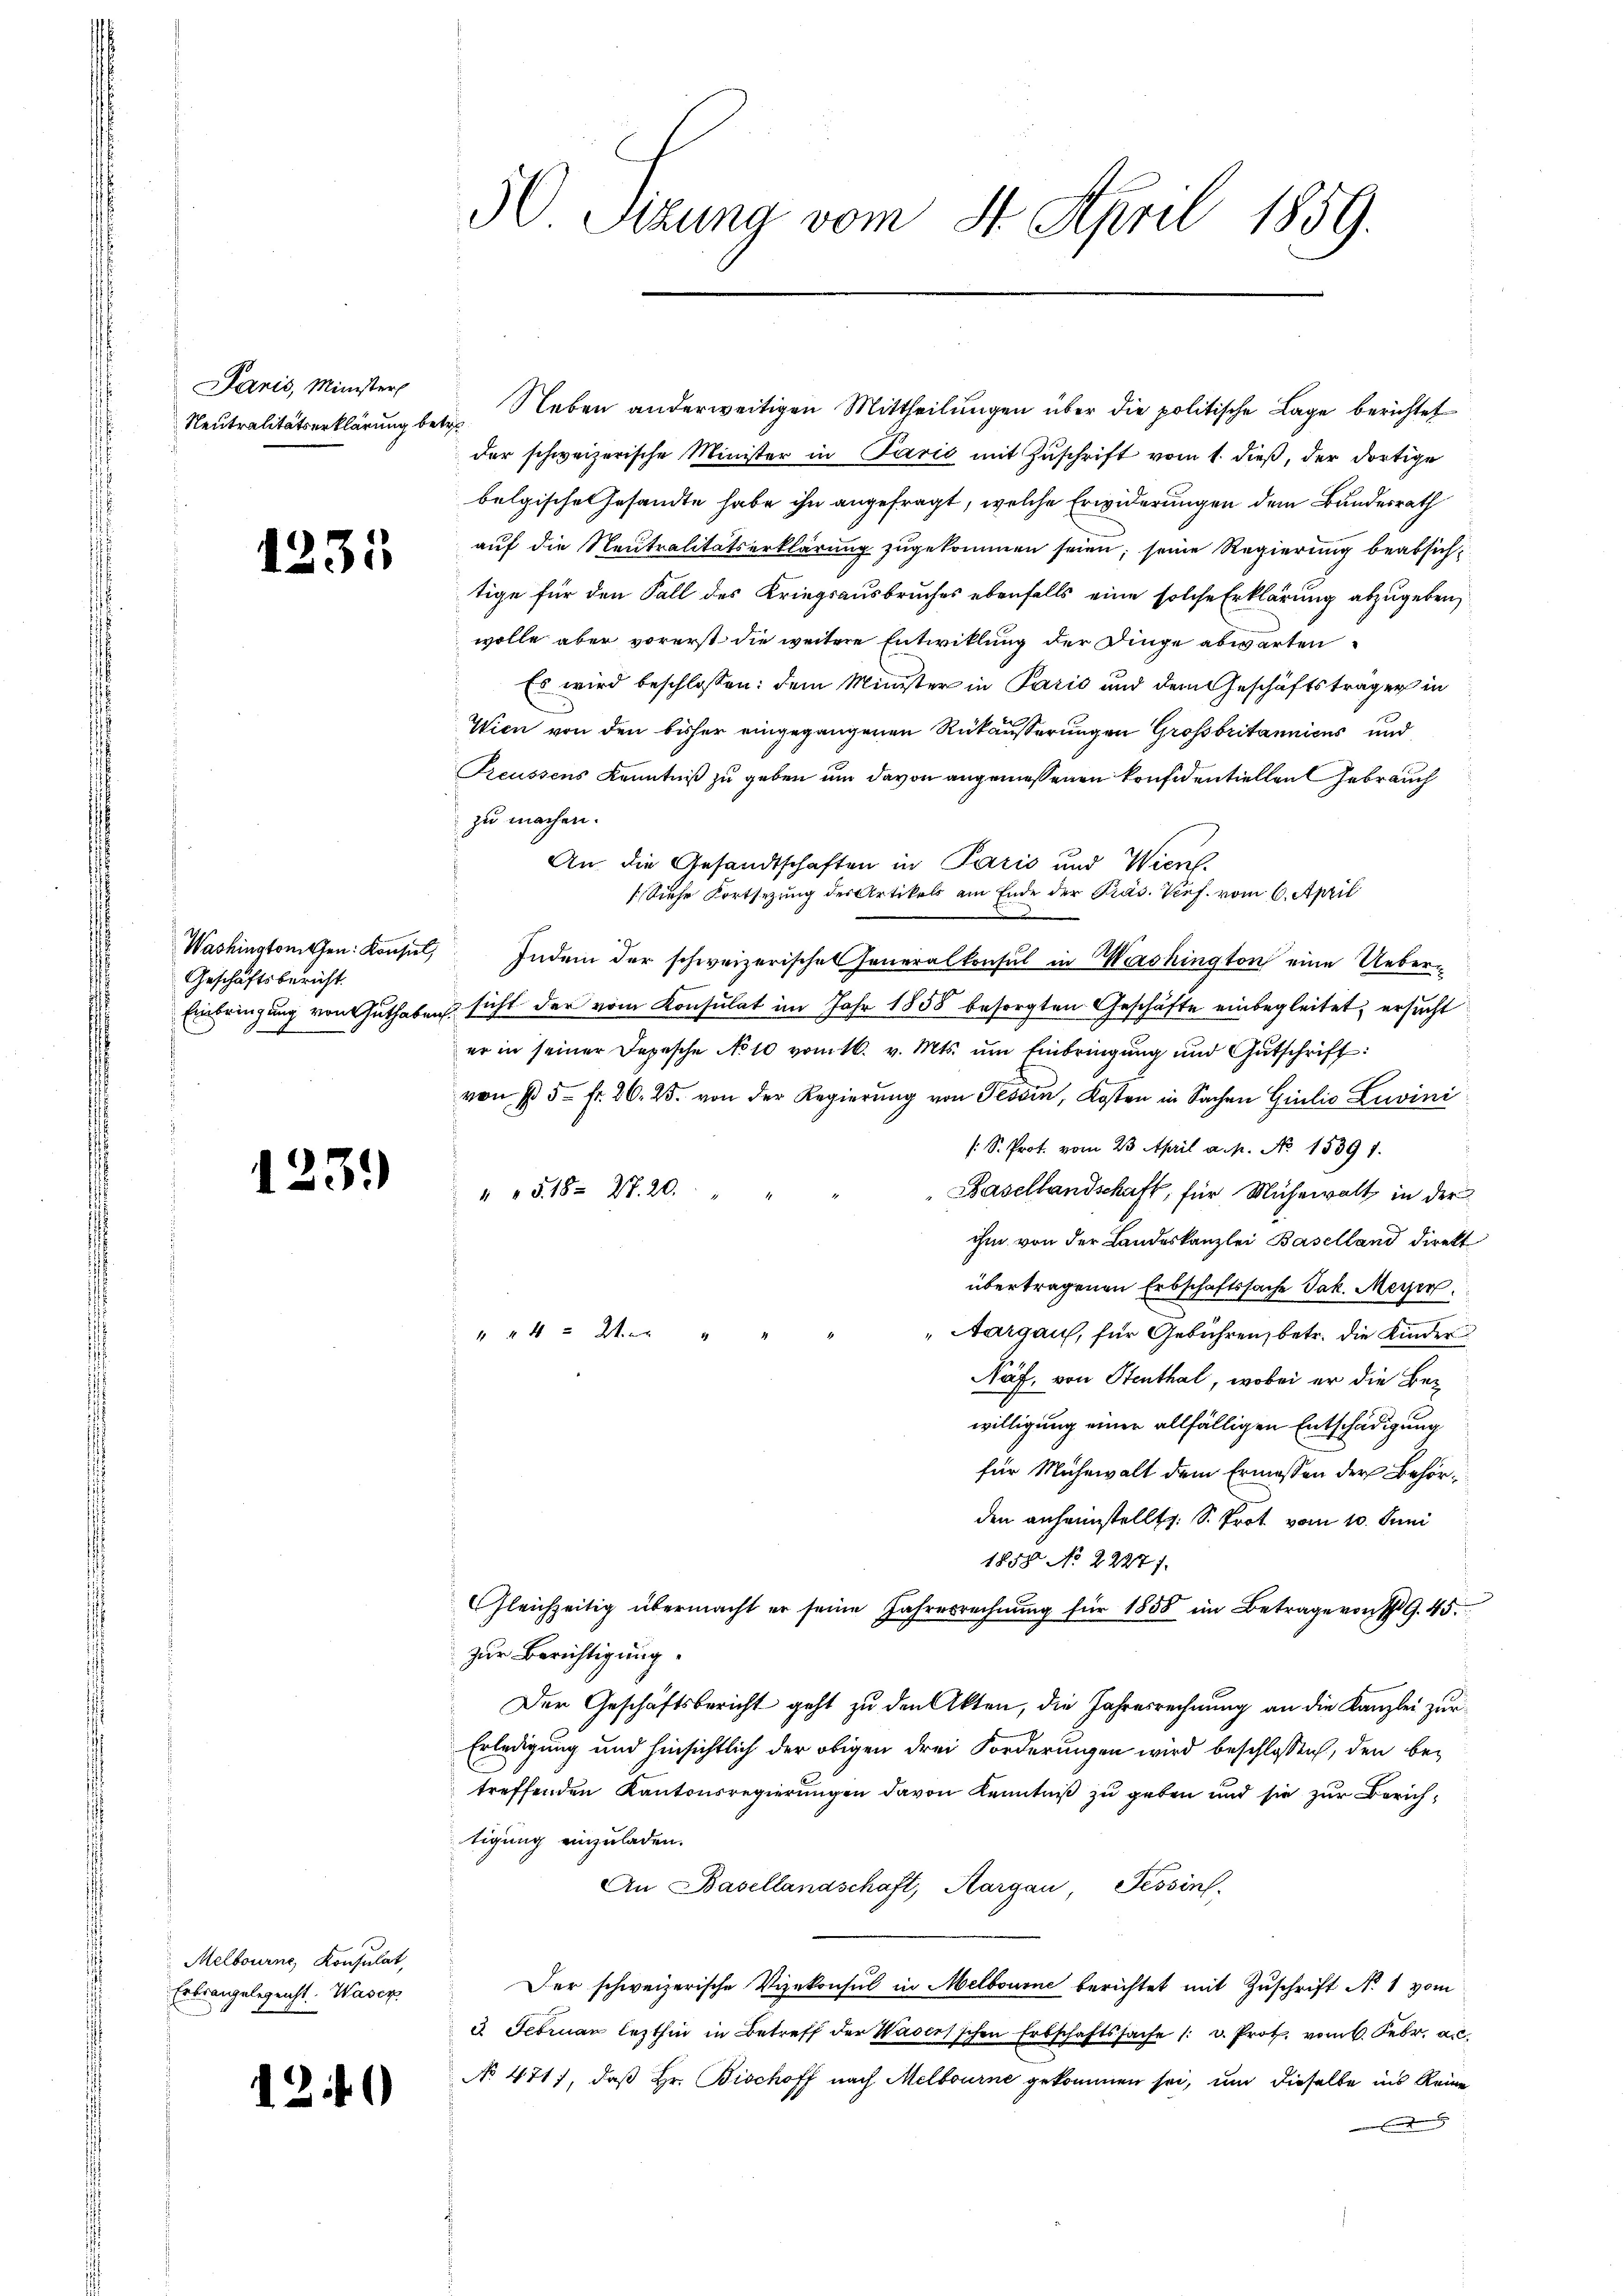
Janis, Minister

t

2

.

1

Washingtonten Konsul,
Geschäftsbericht.

)

Melbourne, Konsulat,
Erkrangelegeicht. Waser

¬

Neutralitätserklärung betr. Leben anderweitigen Mittheilungen über die politische Lage berichtet
der schweizerische Minister in Paris mit Zuschrift vom 1. dieß, der dortige
belgische Gesandte habe ihn angefragt, welche Erwiderungen dem Bundesrath
auf die Neutralitätserklärung zugekommen seien; seine Regierung beabsichtige für den Fall des Kriegsausbruches ebenfalls eine solche Erklärung abzugeben,
wolle aber vorerst die weitere Entwicklung der Dinge abwarten
Es wird beschlossen: dem Minister in Paris und dem Geschäftsträger in
Wien von den bisher eingegangenen Rückäusserungen Großbritannicus und
Treussens Kenntniß zu geben um davon angemessenen konfidentiellen Gebrauch
zu machen.
An die Gesandtschaften in Paris und Wierl
Siese Fortsezung des Artikels am Ende der Präs. Verf. vom 6. April
7
Indem der schweizerischen Generalkonsul in Washington eine Ueber¬
Einbringung von Guthaben sicht der vom Konsulat im Jahr 1858 besorgten Geschäfte einbegleitet, ersucht
er in seiner Depesche No 10 vom 16. v. Mts. ŭm Einbringŭng und Gutschrift:
von § 5 fr. 26. 25. von der Regierŭng von Tessin, Kosten in Sachen Giulio Luvini
/S. Prot. vom 23. April a. p. No 1539 1.
 " " 318. 27. 20.
Basellandschaft, für Mühewalt in der
ihm von der Landeskanzlei Baselland direkt
übertragenen Erbschaftssache Jak. Meyer.
Aargau, für Gebühren, betr. die Kinder
4 x 2 "
Näf, von Stenthal, wobei er die Bewilligung einer allfälligen Entschädigung
für Mühewalt dem Ermessen der Behörden anheimstellt s. S. Prot vom 10. Juni
1858 No 2227.
Gleichzeitig übermacht er seine Jahresrechnŭng für 1850 im Betrage von 19. 45.
zur Berichtigung.
Der Geschäftsbericht geht zu den Akten, die Jahresrechnung an die Kanzlei zur
Erledigung und hinsichtlich der obigen drei Forderungen wird beschlossen, den betreffenden Kantonsregierungen davon Kenntniß zu geben und sie zur Zürichtigung einzuladen.
An Basellandschaft, Aargau, Tessinf
Der schweizerische Vizekonsul in Melbourne berichtet mit Zuschrift Nr. 1 vom
3 Februan lezthin in Betreff der Waser'schen Erbschaftssache 1 v. Prot. vom 6. Febr. a.
No 471), daß Hr. Bischoff nach Melbourne gekommen sei, um dieselbe ins Reine
 Ende

50 Sizung vom 4. April 1859.